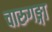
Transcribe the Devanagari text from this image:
चारुगङ्गा